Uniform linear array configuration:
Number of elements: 64
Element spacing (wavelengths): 0.75
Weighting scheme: cosine
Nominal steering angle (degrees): -30
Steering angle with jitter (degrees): -29.979
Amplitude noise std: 0.05
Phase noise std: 0.05

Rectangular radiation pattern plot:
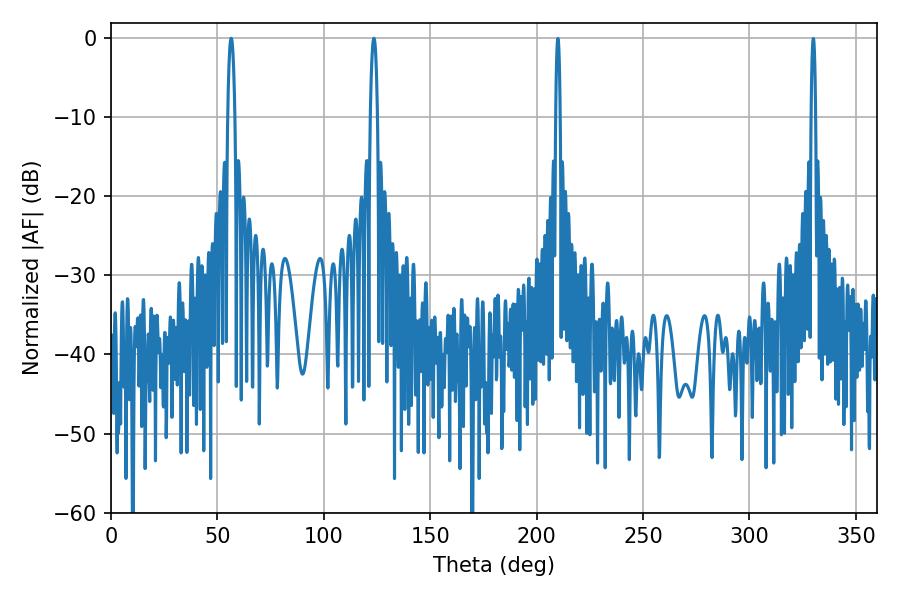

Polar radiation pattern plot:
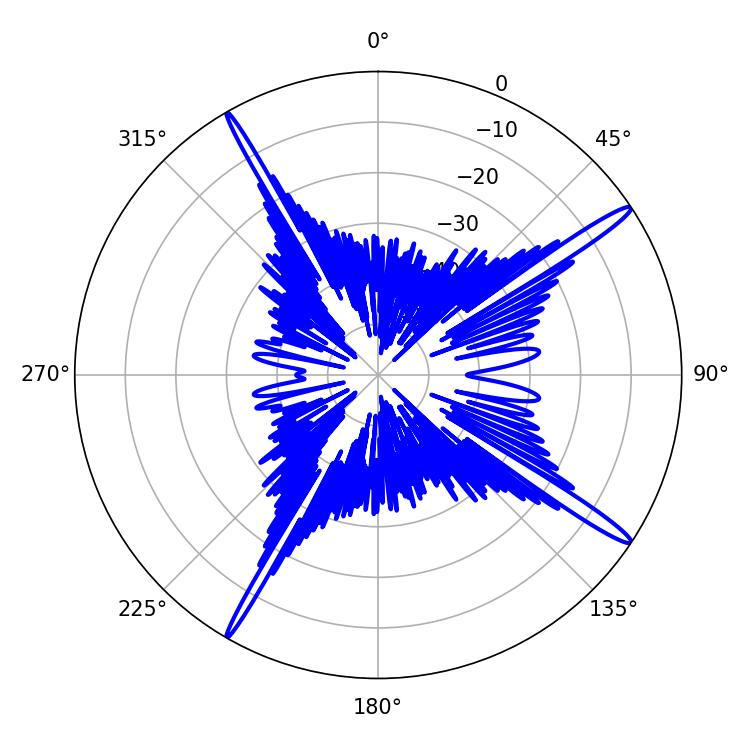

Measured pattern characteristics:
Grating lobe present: TRUE
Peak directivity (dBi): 17.064
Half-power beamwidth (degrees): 1.8
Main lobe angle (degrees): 56.52